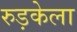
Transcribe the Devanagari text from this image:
रुड़केला